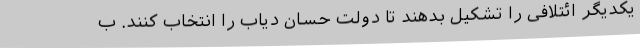
یکدیگر ائتلافی را تشکیل بدهند تا دولت حسان دیاب را انتخاب کنند. ب